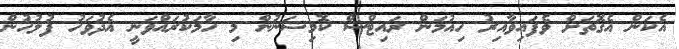
އެކަން އެގޮތަށް ވެފައިވާއިރު ހިއުމަން ރައިޓްސް ކޮމިޝަނުން މި ހާމަކުރައްވަނީ އެދުވަހު ފުލުހުން